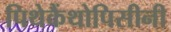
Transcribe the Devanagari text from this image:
पिथेकैंथोपिसीनी